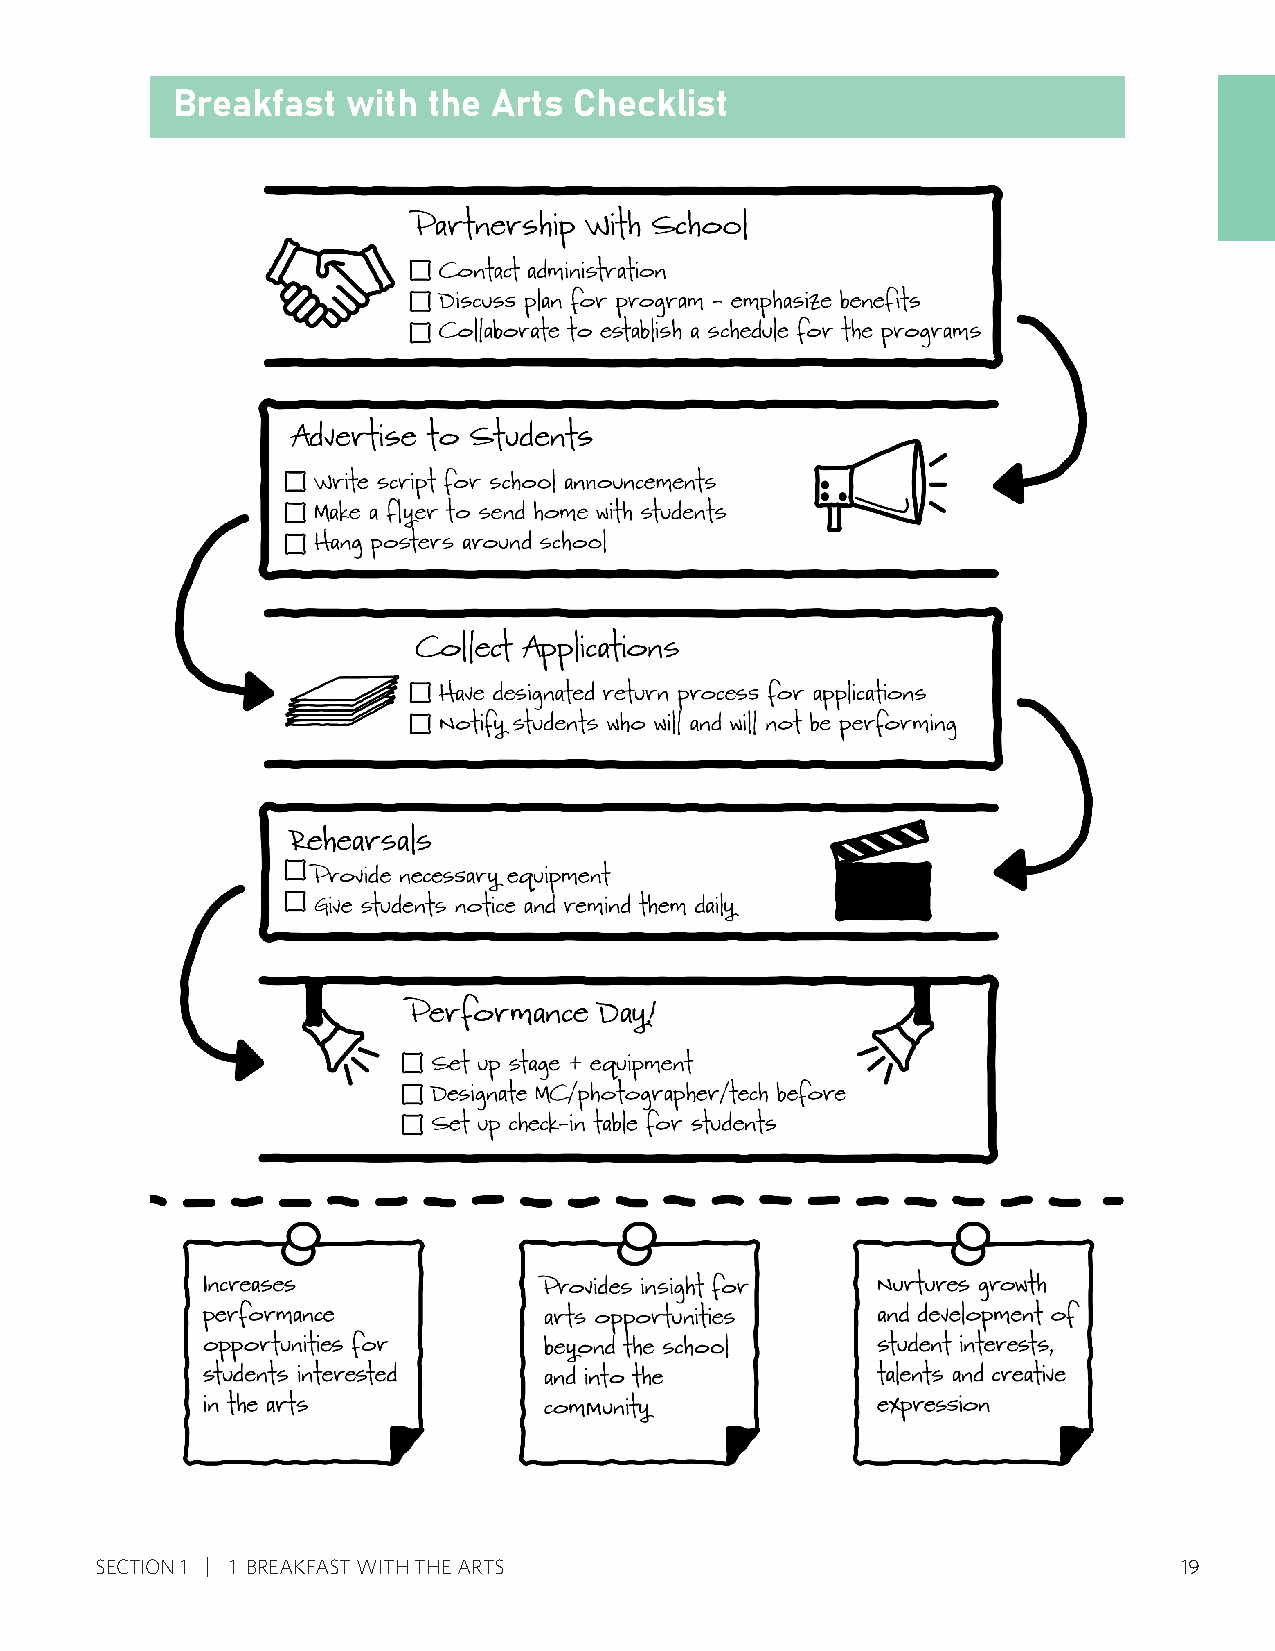
Breakfast   with the  Arts Checklist
 SECTION 1 1 BREAKFAST WITH THE ARTS                                     19